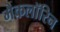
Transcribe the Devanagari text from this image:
मैकलॉरिन